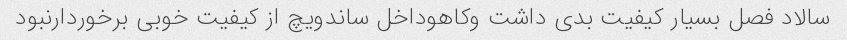
سالاد فصل بسیار کیفیت بدی داشت وکاهوداخل ساندویچ از کیفیت خوبی برخوردارنبود